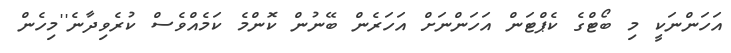
އަހަންނަކީ މި ބޯޓްގެ ކެޕްޓަން އަހަންނަށް އަހަރެން ބޭނުން ކޮންމެ ކަމެއްވެސް ކުރެވިދާނެ''މިހެން